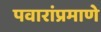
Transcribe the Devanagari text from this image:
पवारांप्रमाणे